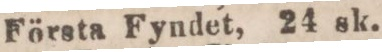
Första Fyndet, 24 sk.